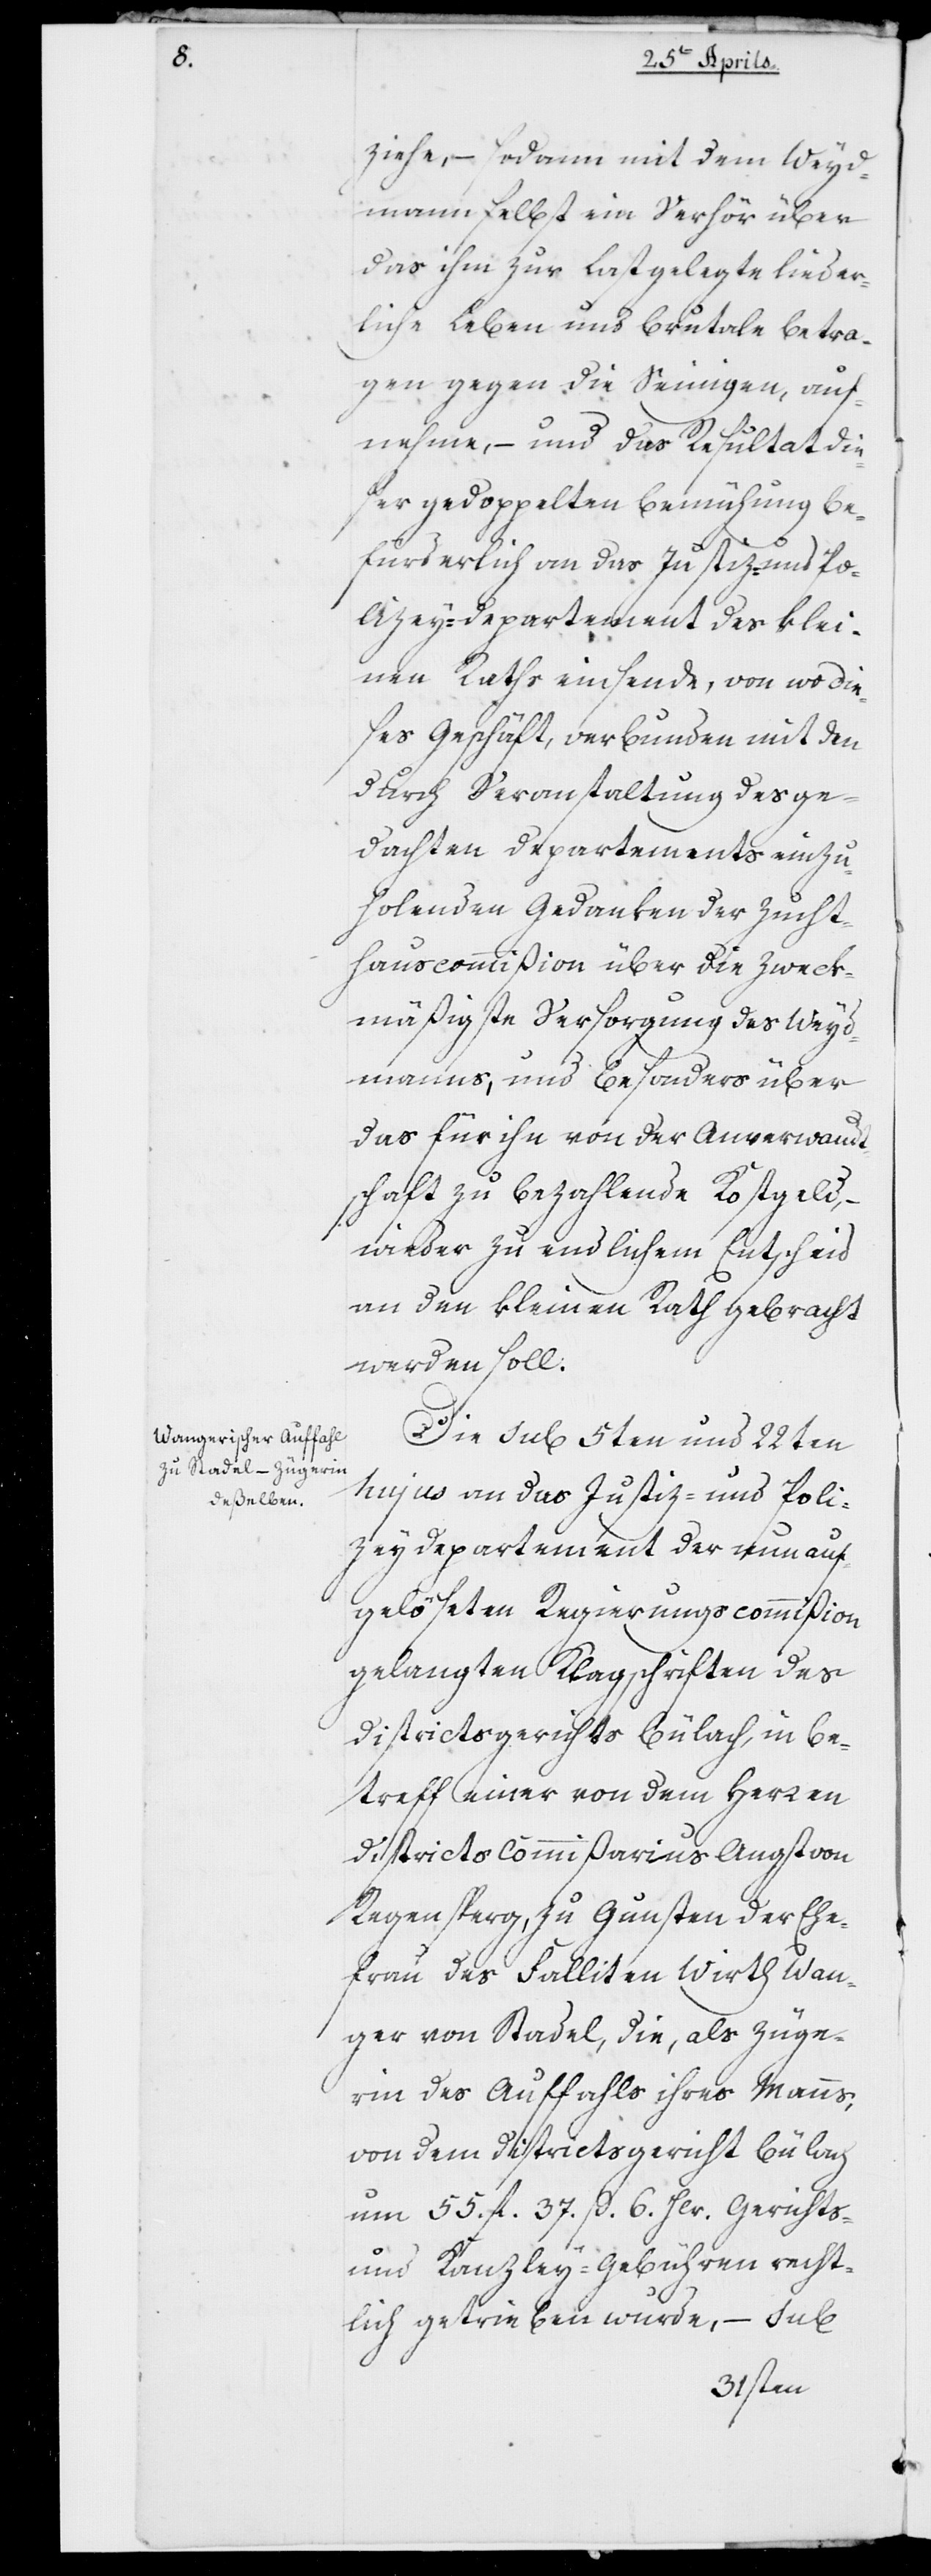
ziehe, – sodann mit dem Weid¬
mann selbst ein Verhör über
das ihm zur Last gelegte lieder¬
liche Leben und brutale Betra¬
gen gegen die Seinigen, auf¬
nehme, – und das Resultat die¬
ser gedoppelten Bemühung be¬
fürderlich an das Justiz- und Po¬
lizeydepartement des klei¬
nen Raths einsende, von wo die¬
ses Geschäft, verbunden mit den
durch Veranstaltung des ge¬
dachten Departements einzu¬
holenden Gedanken der Zucht¬
hauscommißion über die zweck¬
mäßigste Versorgung des Weyd¬
manns, und besonders über
das für ihn von der Anverwandt¬
schaft zu bezahlende Kostgeld,
wieder zu endlichem Entscheid
an den kleinen Rath gebracht
werden soll.
Die sub 5ten und 22ten
hujus an das Justiz- und Poli¬
zeydepartement der nun auf¬
gelöseten Regierungscommißion
gelangten Klagschriften des
Districtsgerichts Bülach, in Be¬
treff einer von dem Herren
Districts-Commißarius Angst von
Regensperg, zu Gunsten der Ehe¬
frau des Falliten Wirth Wan¬
ger von Stadel, die, als Züge¬
rin des Auffahls ihres Manns,
von dem Districtsgericht Bülach
um 55. fl. 37. ß. 6. Hlr. Gerichts-
und Kanzlei-Gebühren recht¬
lich getrieben wurde, – sub